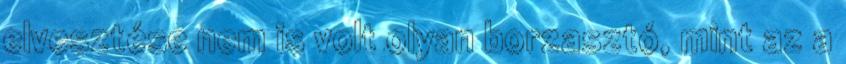
elvesztése nem is volt olyan borzasztó, mint az a